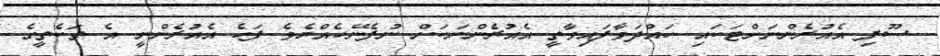
ސޫފި އެއުރެންނަށްޓަކައި ހައްދަވާފައިވާތީ އެއުރެންނަކަށް ނުފެނޭހެއްޔެވެ ފަހެ އެއުރެންނީ އެ ތަކެތީގެ